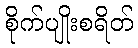
စိုက်ပျိုးစရိတ်